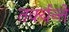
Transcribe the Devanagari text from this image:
तर्क्यन्ते